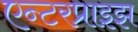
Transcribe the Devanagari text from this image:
एन्टरप्राइझ